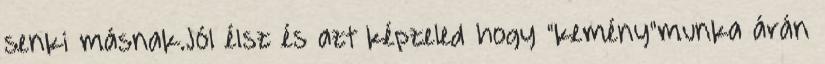
senki másnak.Jól élsz és azt képzeled hogy "kemény"munka árán